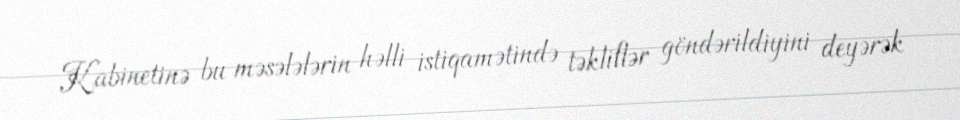
Kabinetinə bu məsələlərin həlli istiqamətində təkliflər göndərildiyini deyərək